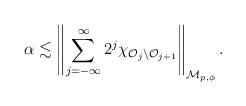
LaTeX: \begin{align*}\alpha\lesssim \left\|\sum_{j=-\infty}^\infty2^j\chi_{{\mathcal O}_j \setminus {\mathcal O}_{j+1}}\right\|_{{\mathcal M}_{p,\phi}}.\end{align*}